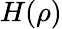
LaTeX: H(\rho)